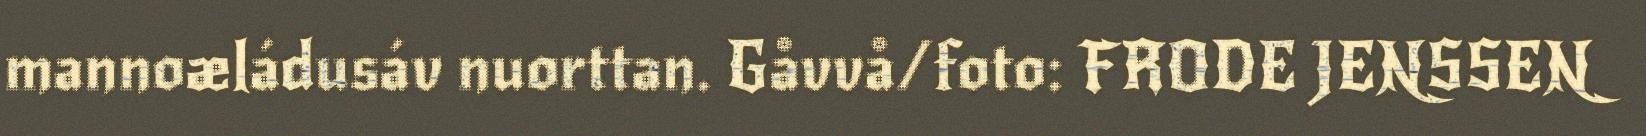
mannoæládusáv nuorttan. Gåvvå/foto: FRODE JENSSEN